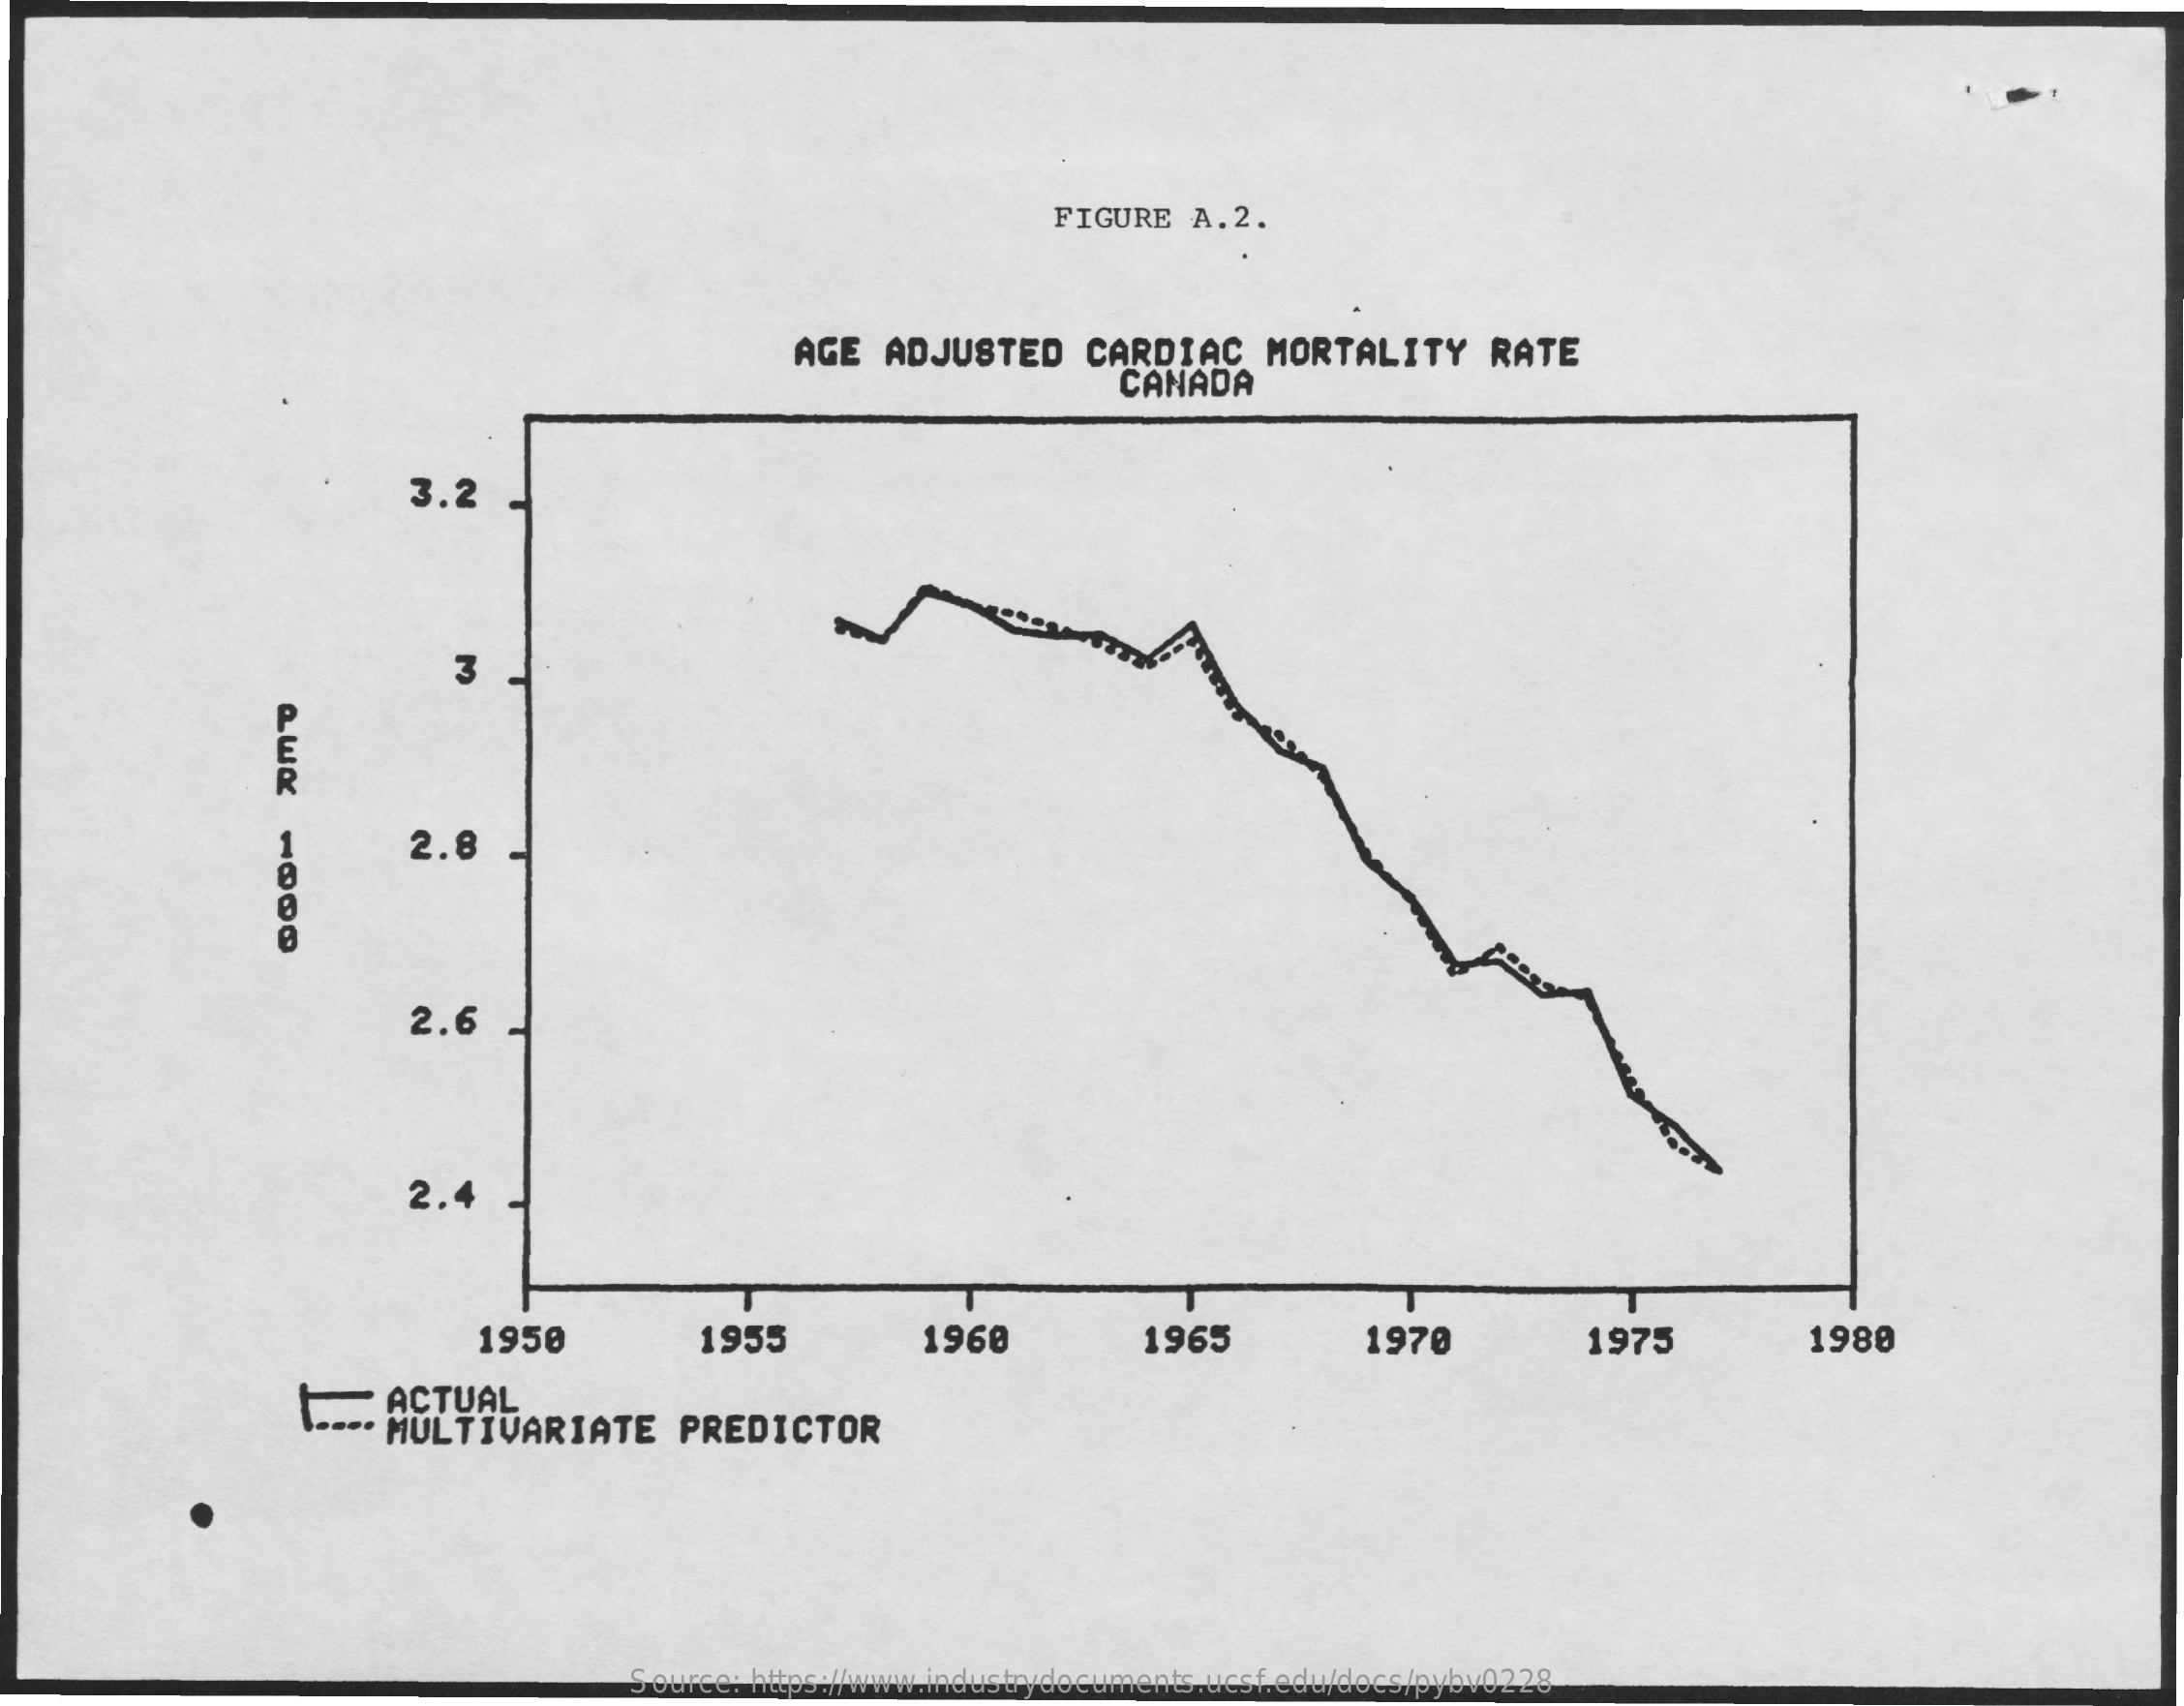
FIGURE  A.2.
     AGE   ADJUSTED    CARDIAC    MORTALITY    RATE
     CANADA
     3.2
     3
     2.8
     2.6
     2.4
     1950    1955    1960    1965    1970    1975    1980
     ACTUAL
     MULTIVARIATE    PREDICTOR
     Source: https://www.industrydocuments.ucsf.edu/docs/pybv0228